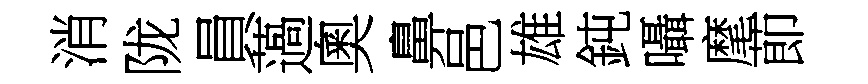
消陇員薖奧鼻邑雄鈍囁麾莭